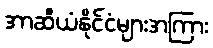
အာဆီယံနိုင်ငံများအကြား